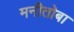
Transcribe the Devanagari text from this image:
मनीतोबा